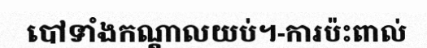
បៅទាំងកណ្តាលយប់។-ការប៉ះពាល់